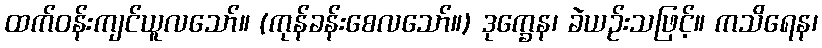
ထက်ဝန်းကျင်ယူလသော်။ (ကုန်ခန်းစေလသော်။) ဒုက္ခေန၊ ခဲယဉ်းသဖြင့်။ ကသိရေန၊